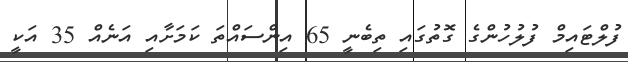
ފުލްޓައިމް ފުލުހުންގެ ގޮތުގައި ތިބެނީ 65 އިންސައްތަ ކަމަށާއި އަނެއް 35 އަކީ